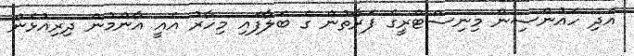
އަދި ހައުންސިން މިނިސްޓްރީގެ ފަރާތުން ގެ ބަލާފައި މިހާރު އެއީ އާންމުން ދިރިއުޅެން